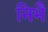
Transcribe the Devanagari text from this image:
निभै